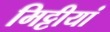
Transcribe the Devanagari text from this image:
मिट्टीयां